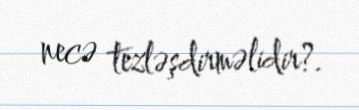
necə tezləşdirməlidir?.